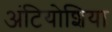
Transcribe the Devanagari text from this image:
अंटियोशिया